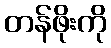
တန်ဖိုးကို